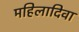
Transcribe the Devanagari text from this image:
महिलादिवा